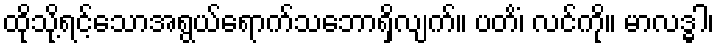
ထိုသို့ရင့်သောအရွယ်ရောက်သဘောရှိလျက်။ ပတိံ၊ လင်ကို။ မာလဒ္ဓါ၊